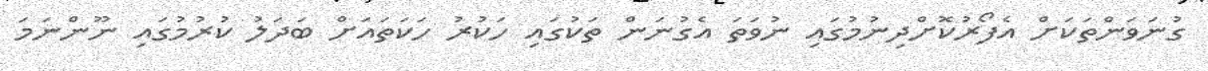
ގުނަވަންތަކަށް އެފޯރުކޮށްދިނުމުގައި ނުވަތަ އެގުނަން ތަކުގައި ހަކުރު ހަކަތައަށް ބަދަލު ކުރުމުގައި ނޫންނަމަ